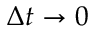
\Delta t \to 0